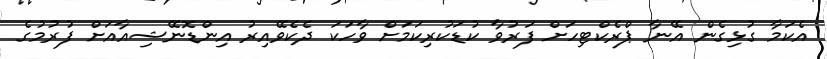
އެކަމާ ގުޅިގެން އޭނާ ޕްރެކްޓިހަށް ފަރުވާ ކުޑަކުރިކަމަށް ވާހަކަ ދެކެވޭއިރު އިންޑޮނޭޝިއާއަށް ފުރުމުގެ